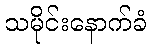
သမိုင်းနောက်ခံ